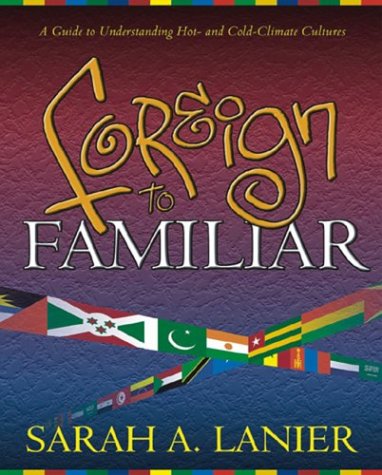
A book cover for Foreign to Familiar: A Guide to Understanding Hot - And Cold - Climate Cultures; Sarah A. Lanier; Humor & Entertainment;